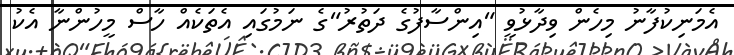
އެމަނިކުފާނު މިހެން ވިދާޅުވީ "އިންސާފުގެ ދަތުރު"ގެ ނަމުގައި އެތަކެއް ހާސް މީހުންނާ އެކު